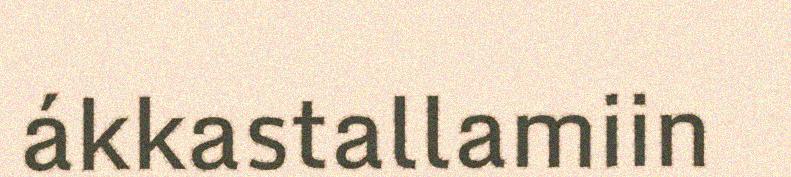
ákkastallamiin